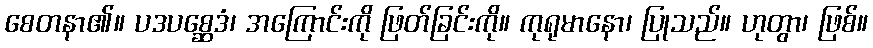
စေတနာ၏။ ပဒပစ္ဆေဒံ၊ အကြောင်းကို ဖြတ်ခြင်းကို။ ကုရုမာနော၊ ပြုသည်။ ဟုတွာ၊ ဖြစ်။